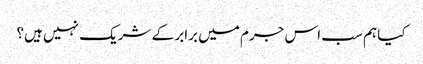
کیا ہم سب اس جرم میں برابر کے شریک نہیں ہیں؟